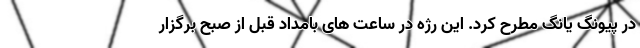
در پیونگ یانگ مطرح کرد. این رژه در ساعت های بامداد قبل از صبح برگزار